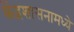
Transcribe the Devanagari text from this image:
केंद्रशासनामध्ये